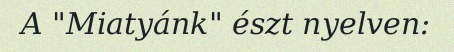
A "Miatyánk" észt nyelven: